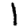
Digit: 1